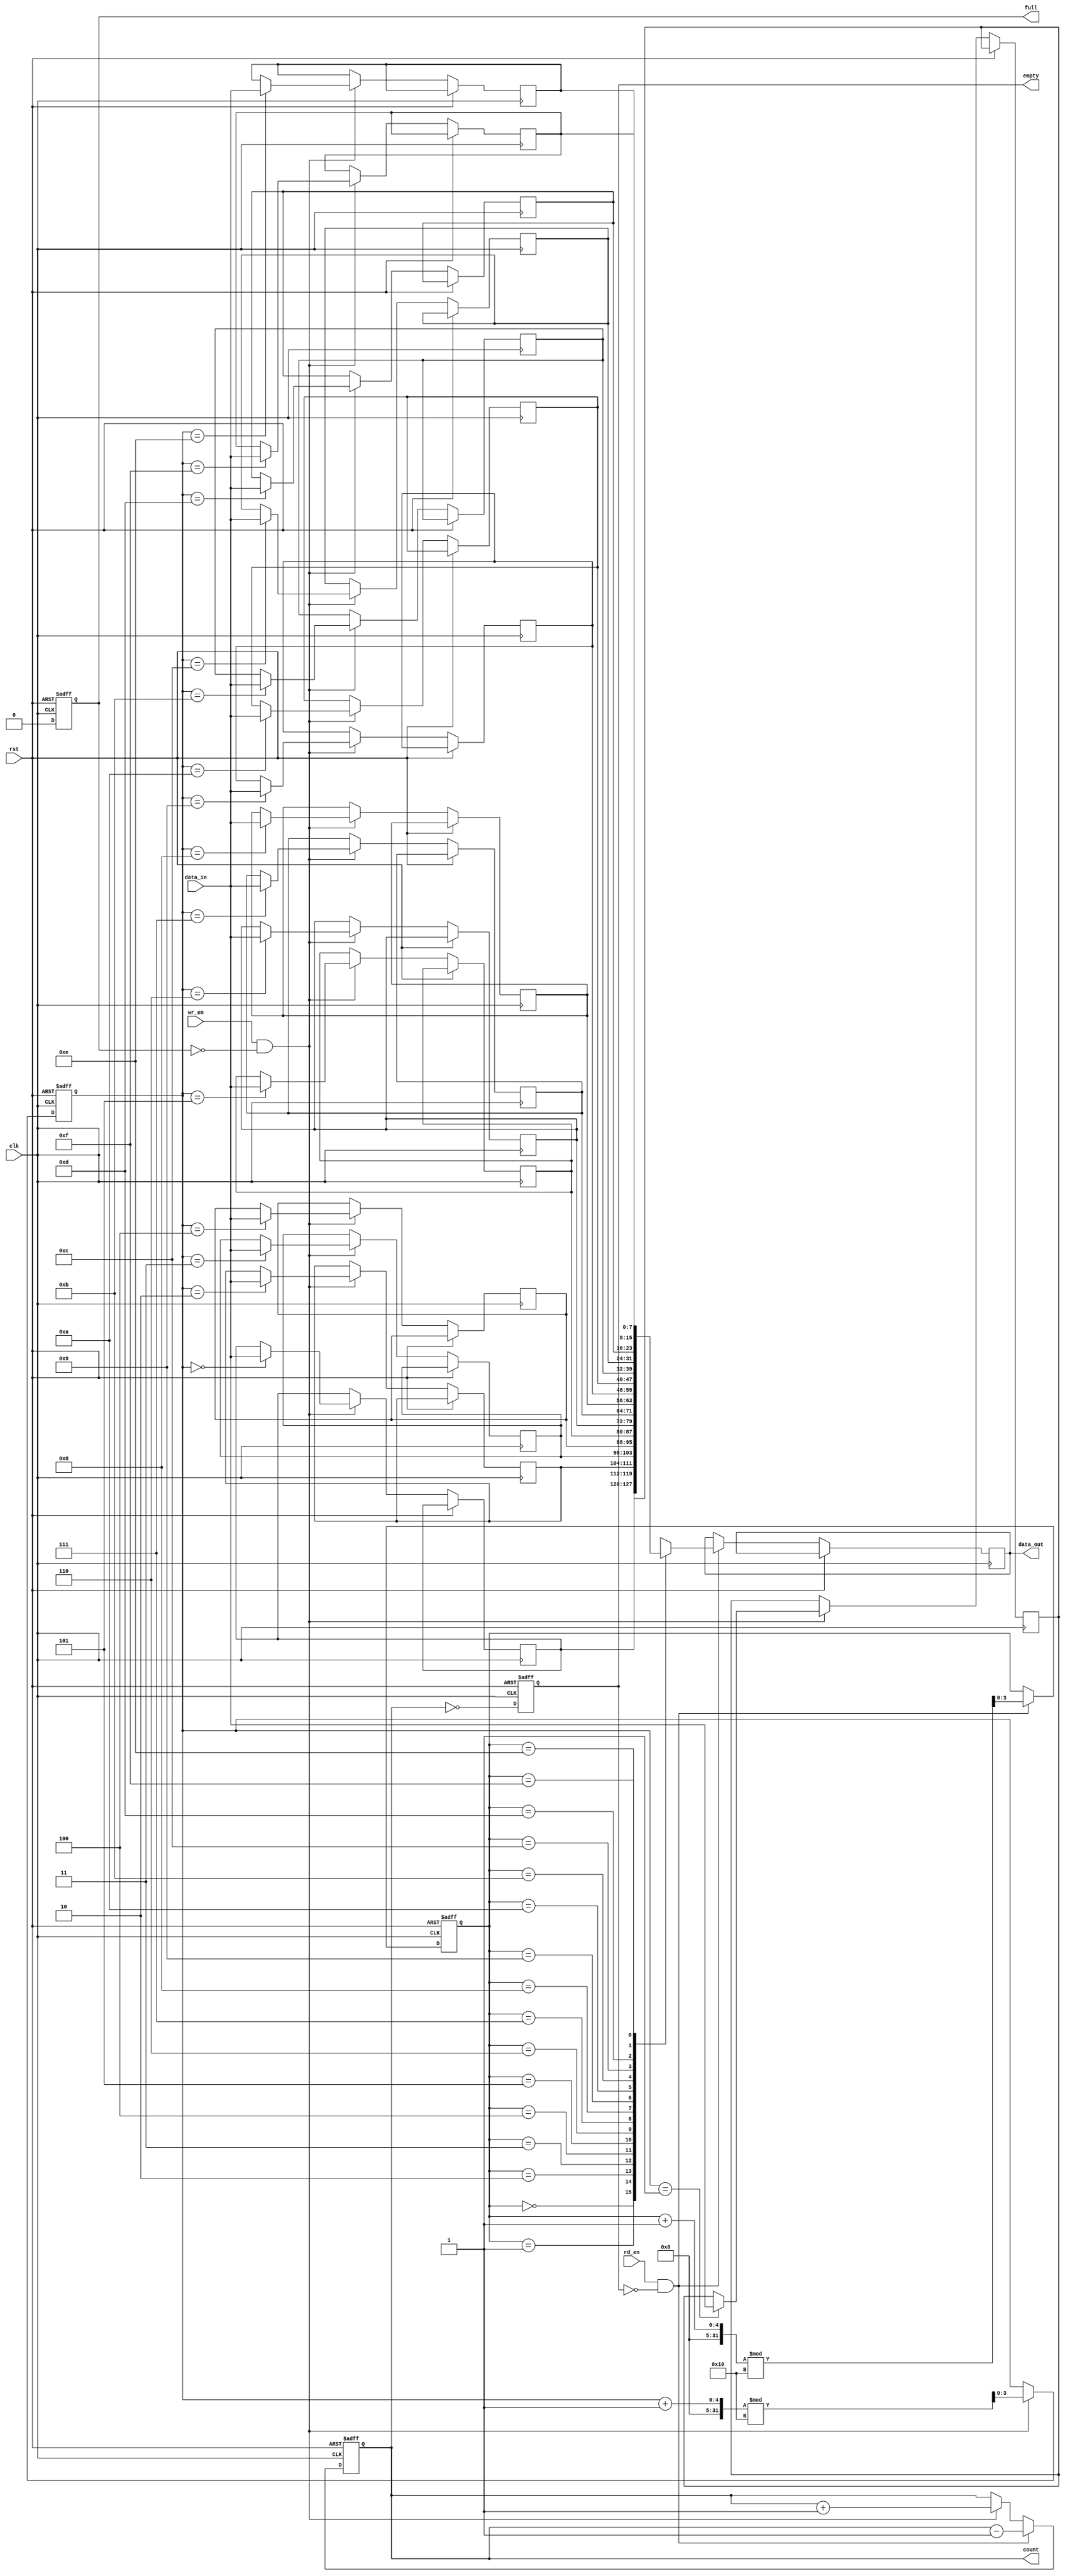
module parameterized_fifo #(
    parameter N = 16,  // Depth of the FIFO
    parameter W = 8    // Width of each entry
)(
    input wire clk,              // Clock signal
    input wire rst,              // Asynchronous reset
    input wire [W-1:0] data_in,  // Input data
    input wire wr_en,            // Write enable
    input wire rd_en,            // Read enable
    output reg [W-1:0] data_out,  // Output data
    output reg full,             // FIFO full flag
    output reg empty,            // FIFO empty flag
    output reg [clog2(N)-1:0] count // Number of entries in the FIFO
);

    // Internal storage array
    reg [W-1:0] fifo_mem [0:N-1];
    reg [clog2(N)-1:0] wr_ptr;    // Write pointer
    reg [clog2(N)-1:0] rd_ptr;    // Read pointer

    // Calculate the logarithm base 2
    function integer clog2;
        input integer value;
        begin
            clog2 = 0;
            while (2**clog2 < value) begin
                clog2 = clog2 + 1;
            end
        end
    endfunction

    // Asynchronous reset
    always @(posedge clk or posedge rst) begin
        if (rst) begin
            wr_ptr <= 0;
            rd_ptr <= 0;
            count <= 0;
            full <= 0;
            empty <= 1;
        end else begin
            // Write operation
            if (wr_en && !full) begin
                fifo_mem[wr_ptr] <= data_in;
                wr_ptr <= (wr_ptr + 1) % N;
                count <= count + 1;
            end

            // Read operation
            if (rd_en && !empty) begin
                data_out <= fifo_mem[rd_ptr];
                rd_ptr <= (rd_ptr + 1) % N;
                count <= count - 1;
            end

            // Update full and empty flags
            full <= (count == N);
            empty <= (count == 0);
        end
    end

endmodule